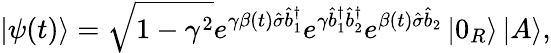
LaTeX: \left\vert\psi(t)\right\rangle=\sqrt{1-\gamma^{2}}e^{\gamma\beta(t)\hat{\sigma}\hat{b}_{1}^{\dagger}}e^{\gamma\hat{b}_{1}^{\dagger}\hat{b}_{2}^{\dagger}}e^{\beta(t)\hat{\sigma}\hat{b}_{2}}\left\vert 0_{R}\right\rangle\left\vert A\right\rangle,